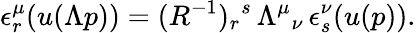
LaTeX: \epsilon_{r}^{\mu}(u(\Lambda p))=(R^{-1})_{r}{}^{s}\, \Lambda^{\mu}{}_{\nu}\, \epsilon_{s}^{\nu}(u(p)).